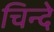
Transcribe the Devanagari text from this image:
चिन्दे